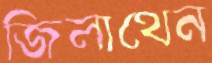
জিলাথেন